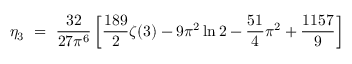
\eta _ { 3 } ~ = ~ \frac { 3 2 } { 2 7 \pi ^ { 6 } } \left[ \frac { 1 8 9 } { 2 } \zeta ( 3 ) - 9 \pi ^ { 2 } \ln 2 - \frac { 5 1 } { 4 } \pi ^ { 2 } + \frac { 1 1 5 7 } { 9 } \right]